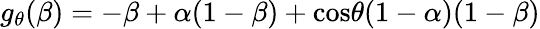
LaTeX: g_{\theta}(\beta)=-\beta+\alpha(1-\beta)+\textrm{cos}\theta(1-\alpha)(1-\beta)